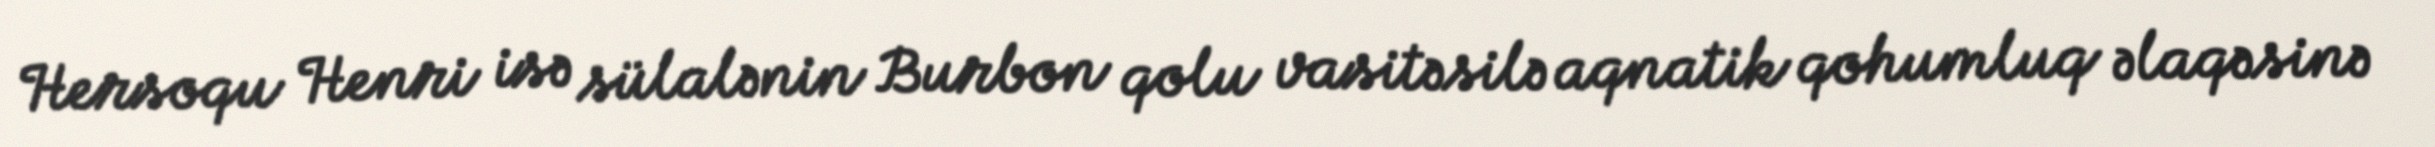
Hersoqu Henri isə sülalənin Burbon qolu vasitəsilə aqnatik qohumluq əlaqəsinə